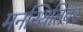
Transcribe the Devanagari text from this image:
मनस्थितिवर